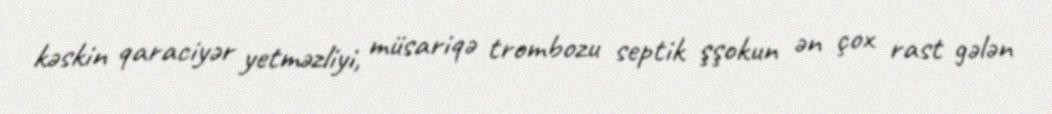
kəskin qaraciyər yetməzliyi, müsariqə trombozu septik şşokun ən çox rast gələn